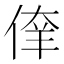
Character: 𰂘